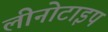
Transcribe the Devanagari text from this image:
लीनोटाइप